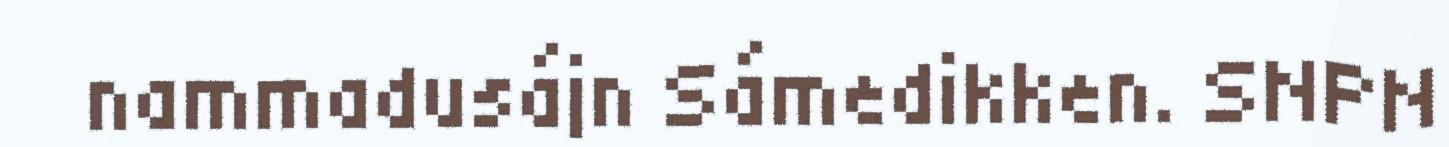
nammadusájn Sámedikken. SNPN